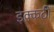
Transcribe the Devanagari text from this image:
इक्कठी